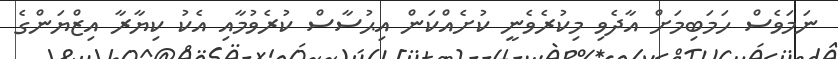
ނަަމަވެސް ހަމަބިމަށް އާދެވި މިކުރެވެނީ ކުށެއްކަން އިޙުސާސް ކުރެވުމާއި އެކު ކިޔާރާ އިޒްޔަންގެ